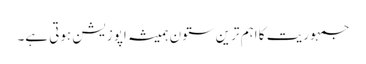
جمہوریت کا اہم ترین ستون ہمیشہ اپوزیشن ہوتی ہے۔